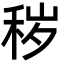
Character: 秽